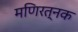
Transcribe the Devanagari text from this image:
मणिरत्‍नक